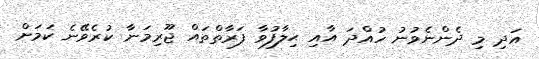
އަދި މި ދެންނެވުނު ހުއްދަ އާއި ޙިލާފުވާ ފަރާތްތައް ޖޫރިމަނާ ކުރެވޭނެ ކަމަށް